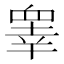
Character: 睾